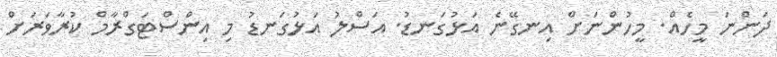
ދަންނަ މީހެއް. މީހުންނަށް އިނގޭނެ އަޅުގަނޑު. އަސްލު އަޅުގަނޑު މި އިންސްޓަގްރާމް ކުރާވަރަށް